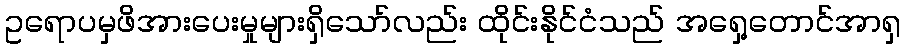
ဥရောပမှဖိအားပေးမှုများရှိသော်လည်း ထိုင်းနိုင်ငံသည် အရှေ့တောင်အာရှ